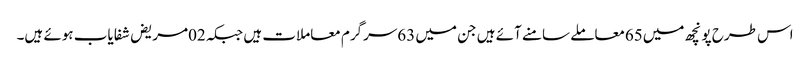
اس طرح پونچھ میں65معاملے سامنے آئے ہیں جن میں 63سرگرم معاملات ہیں جبکہ02مریض شفایاب ہوئے ہیں۔